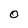
Character: O